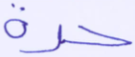
حرة